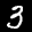
Label: 3